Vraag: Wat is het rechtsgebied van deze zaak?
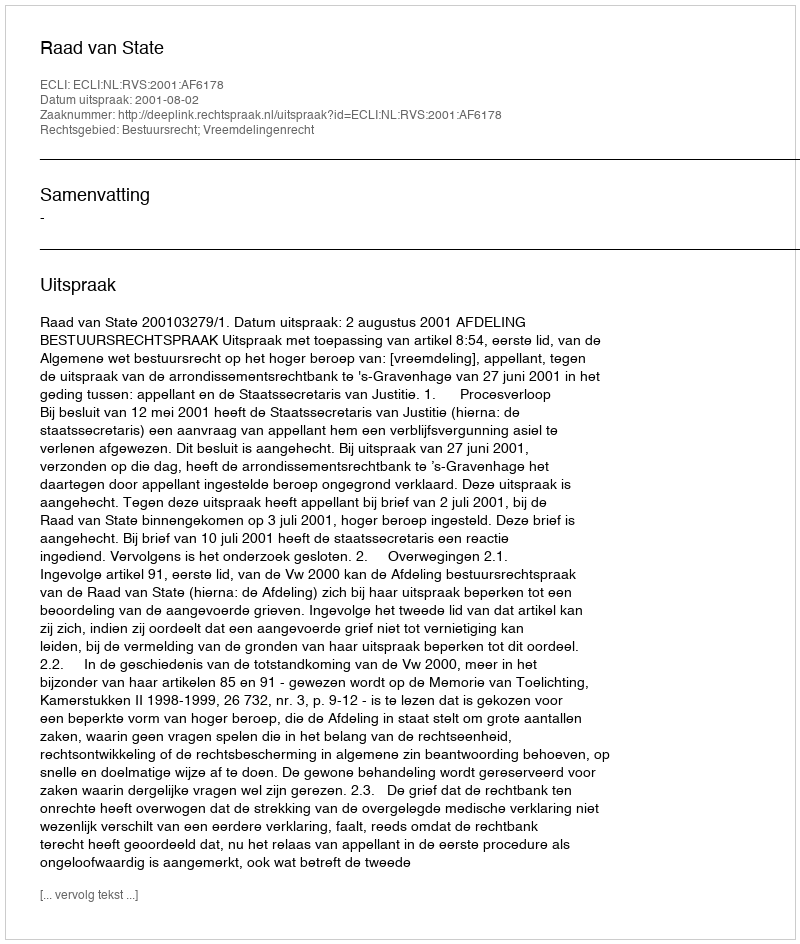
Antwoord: Bestuursrecht; Vreemdelingenrecht